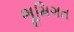
ભૂમિગત